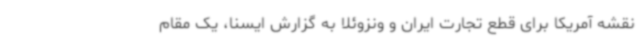
نقشه آمریکا برای قطع تجارت ایران و ونزوئلا به گزارش ایسنا، یک مقام